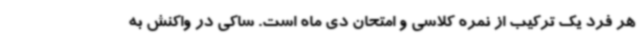
هر فرد یک ترکیب از نمره کلاسی و امتحان دی ماه است. ساکی در واکنش به